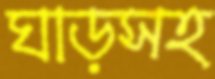
ঘাড়সহ